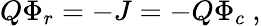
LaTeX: Q\Phi_{r}=-J=-Q\Phi_{c}\ ,